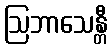
ဩဘာသေန္တီ